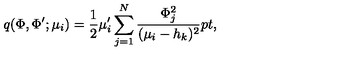
q ( \Phi , \Phi ^ { \prime } ; \mu _ { i } ) = { \frac { 1 } { 2 } } \mu _ { i } ^ { \prime } \sum _ { j = 1 } ^ { N } { \frac { \Phi _ { j } ^ { 2 } } { ( \mu _ { i } - h _ { k } ) ^ { 2 } } } \raise 2 p t \mathrm { , }